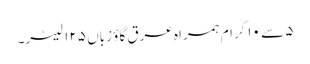
۵ سے ۱۰ گرام ہمراہ عرق گاؤ زباں ۱۲۵ لیٹر۔